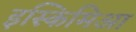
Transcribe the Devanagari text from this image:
इस्किमिआ